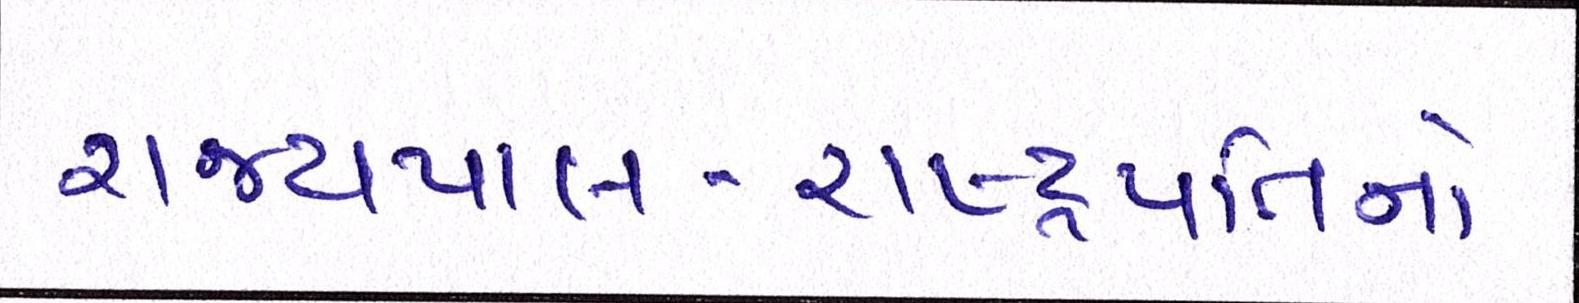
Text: રાજ્યપાલ-રાષ્ટ્રપતિનો